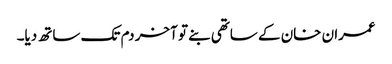
عمران خان کے ساتھی بنے تو آخر دم تک ساتھ دیا۔